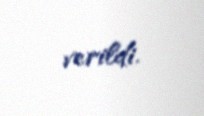
verildi.